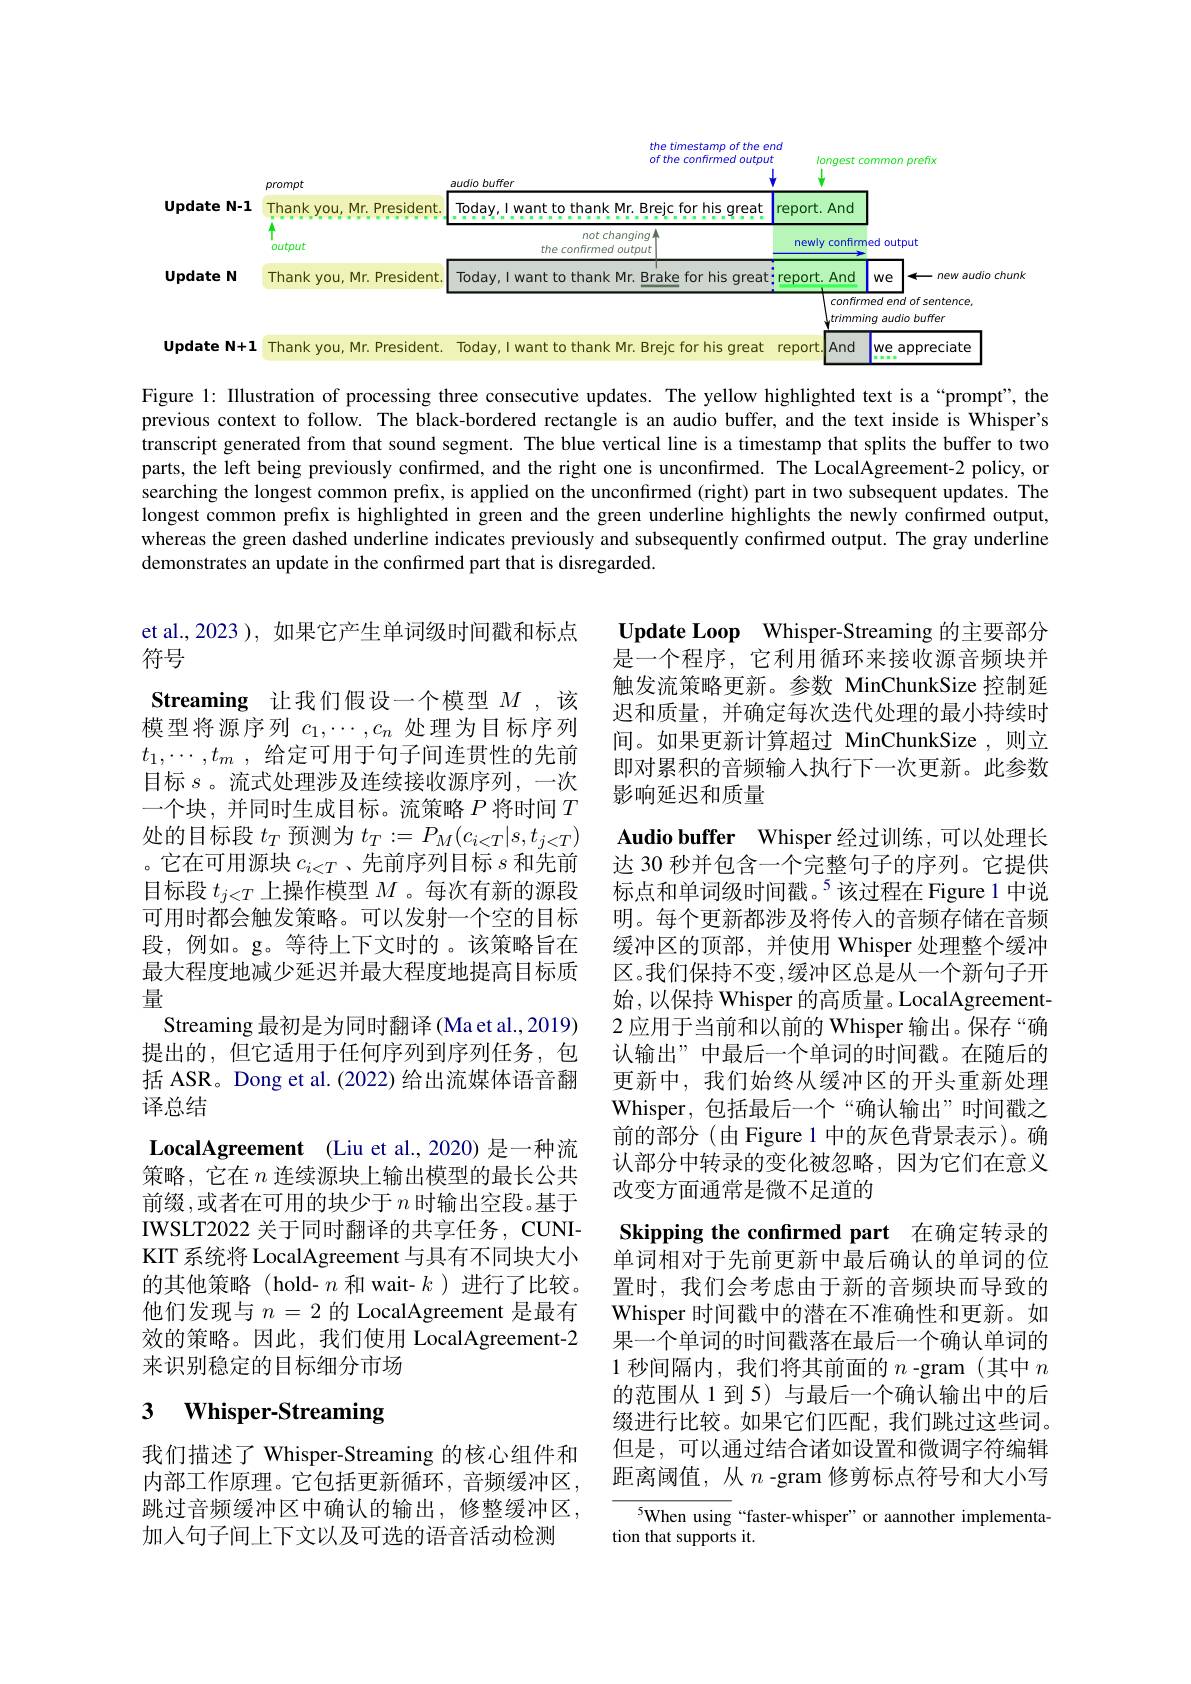
<table>
	<tbody>
		<tr>
			<th> </th>
			<th>prompt</th>
			<th>the timestamp of the end of the confirmed output audio buffer</th>
			<th>timestamp of the end he confirmed output longes</th>
			<th>st common prefix</th>
		</tr>
		<tr>
			<td rowspan="2">Update $N-1$</td>
			<td>Thankyou, Mr. President.</td>
			<td>Today, I want to thank Mr. Breic for his qreat rep</td>
			<td>c for his great report.And</td>
			<td>d</td>
		</tr>
		<tr>
			<td>Output</td>
			<td>not changinga the confirmed output</td>
			<td colspan="2">not changing M the confirmed output newly confirmed output</td>
		</tr>
		<tr>
			<td rowspan="1">Update $N$ 1 </td>
			<td> </td>
			<td> </td>
			<td>conf trim.</td>
			<td>firmed end of sentence, nming audio buffer</td>
		</tr>
		<tr>
			<td>Update $N+1$</td>
			<td>Thank you, Mr. President</td>
			<td>Today.I want to thank Mr. Breic for his areat rer</td>
			<td>c for his great report.IAnc</td>
			<td>$d$ $We$ 1. appreciate</td>
		</tr>
	</tbody>
</table>

Figure 1: Illustration of processing three consecutive updates. The yellow highlighted text is a“prompt", the previous context to follow. The black-bordered rectangle is an audio buffer, and the text inside is Whisper's transcript generated from that sound segment. The blue vertical line is a timestamp that splits the buffer to two parts, the left being previously confırmed, and the right one is unconfırmed. The LocalAgreement-2 policy, or searching the longest common prefix, is applied on the unconfirmed (right) part in two subsequent updates. The longest common prefix is highlighted in green and the green underline highlights the newly confirmed output, whereas the green dashed underline indicates previously and subsequently confirmed output. The gray underline demonstrates an update in the confırmed part that is disregarded.

Update Loop Whisper-Streaming 的主要部分是一个程序，它利用循环来接收源音频块并触发流策略更新。参数 MinChunkSize 控制延迟和质量，并确定每次迭代处理的最小持续时间。如果更新计算超过 MinChunkSize ,则立即对累积的音频输人执行下一次更新。此参数影响延迟和质量

et al.,2023 ), 如果它产生单词级时间戳和标点
符号
Streaming 让我们假设一个模型$M$ ,该模型将源序列$c_1,\cdots,c_n$处理为目标序列$t_1, \cdots , t_m$ ,给定可用于句子间连贯性的先前目标$s$。流式处理涉及连续接收源序列，一次一个块，并同时生成目标。流策略$P$ 将时间$T$ 处的目标段$t_T$预测为$t_T:=P_M(c_{i<T}|s,t_{j<T})$ 。它在可用源块$c_i<T$、先前序列目标$s$和先前目标段$t_{j<T}$上操作模型$M$ 。每次有新的源段可用时都会触发策略。可以发射一个空的目标段，例如。g。等待上下文时的。该策略旨在最大程度地减少延迟并最大程度地提高目标质量
Streaming 最初是为同时翻译(Ma et al., 2019) 提出的，但它适用于任何序列到序列任务，包括 ASR。Dong et al. (2022) 给出流媒体语音翻译总结
LocalAgreement (Liu et al.,2020) 是一种流策略，它在$n$连续源块上输出模型的最长公共前缀，或者在可用的块少于$n$时输出空段。基于IWSLT2022 关于同时翻译的共享任务，CUNIKIT 系统将 LocalAgreement 与具有不同块大小的其他策略(hold- $n$和 wait- $k$)进行了比较。他们发现与$n=2$的 LocalAgreement 是最有效的策略。因此，我们使用 LocalAgreement-2来识别稳定的目标细分市场

Audio buffer Whisper 经过训练，可以处理长达 30 秒并包含一个完整句子的序列。它提供标点和单词级时间戳。$^{5}$该过程在 Figure 1 中说明。每个更新都涉及将传人的音频存储在音频缓冲区的顶部，并使用 Whisper 处理整个缓冲区。我们保持不变，缓冲区总是从一个新句子开始，以保持 Whisper 的高质量。LocalAgreement- 2 应用于当前和以前的 Whisper 输出。保存“确认输出”中最后一个单词的时间戳。在随后的更新中，我们始终从缓冲区的开头重新处理Whisper,包括最后一个“确认输出”时间戳之前的部分(由 Figure 1 中的灰色背景表示)。确认部分中转录的变化被忽略，因为它们在意义改变方面通常是微不足道的
Skipping the confirmed part 在确定转录的单词相对于先前更新中最后确认的单词的位置时，我们会考虑由于新的音频块而导致的Whisper 时间戳中的潜在不准确性和更新。如果一个单词的时间戳落在最后一个确认单词的1 秒间隔内，我们将其前面的$n$ -gram (其中$n$ 的范围从 1 到 5) 与最后一个确认输出中的后缀进行比较。如果它们匹配，我们跳过这些词。但是，可以通过结合诸如设置和微调字符编辑距离阈值，从$n$ -gram 修剪标点符号和大小写

# 3 $\textbf{Whisper- Streaming}$

我们描述了 Whisper-Streaming 的核心组件和内部工作原理。它包括更新循环，音频缓冲区， 跳过音频缓冲区中确认的输出，修整缓冲区， 加入句子间上下文以及可选的语音活动检测

$^{5}$When using “faster-whisper”or aannother implementa-
tion that supports it.